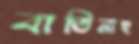
বাতিনাহু